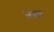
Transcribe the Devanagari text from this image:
जग्राय